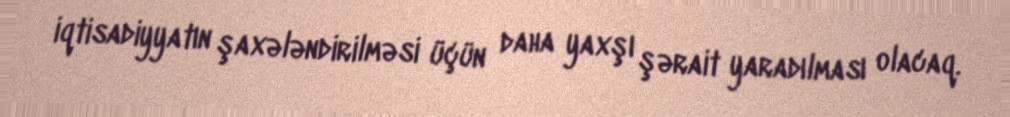
iqtisadiyyatın şaxələndirilməsi üçün daha yaxşı şərait yaradılması olacaq.